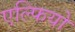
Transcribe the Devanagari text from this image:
एल्फियो